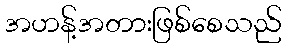
အဟန့်အတားဖြစ်စေသည်